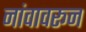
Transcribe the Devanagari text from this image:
नांवावरून